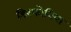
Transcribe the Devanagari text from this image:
डिस्फोनिया